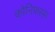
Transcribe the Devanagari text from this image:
कोनिफरस